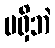
မရှိဘဲ